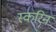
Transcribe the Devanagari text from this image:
स्करिन